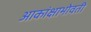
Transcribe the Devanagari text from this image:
आकांक्षाभोवती